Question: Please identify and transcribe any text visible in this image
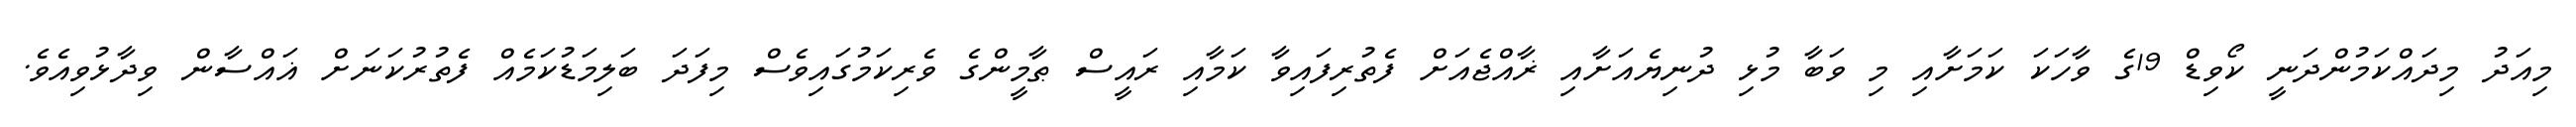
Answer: މިއަދު މިދައްކަމުންދަނީ ކޯވިޑް 19ގެ ވާހަކަ ކަމަށާއި މި ވަބާ މުޅި ދުނިޔެއަށާއި ޜާއްޖެއަށް ފެތުރިފައިވާ ކަމާއި ރައީސް ޠާމީންގެ ވެރިކަމުގައިވެސް މިފަދަ ބަލިމަޑުކަމެއް ފެތުރުކަނަށް ޣައްސާން ވިދާޅުވިއެވެ.